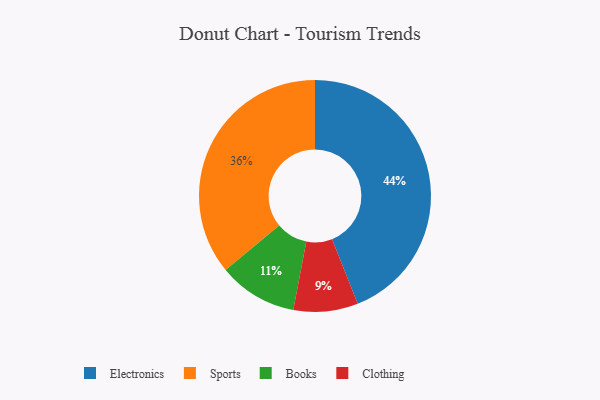
{"axis": {"x": "Category", "y": "Percentage"}, "legend": ["Books", "Clothing", "Electronics", "Sports"], "data": [{"x": "Electronics", "y": 44, "type": "Electronics"}, {"x": "Sports", "y": 36, "type": "Sports"}, {"x": "Clothing", "y": 9, "type": "Clothing"}, {"x": "Books", "y": 11, "type": "Books"}]}